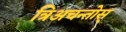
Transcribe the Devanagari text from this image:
त्रिअचन्तोस्